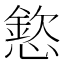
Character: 𢡮